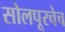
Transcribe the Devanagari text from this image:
सोलपूरचेच